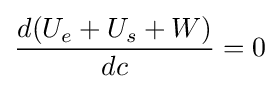
{\frac {d(U_{e}+U_{s}+W)}{dc}}=0